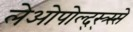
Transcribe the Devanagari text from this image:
लेओपोल्द्स्त्र्स्से